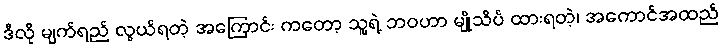
ဒီလို မျက်ရည် လွယ်ရတဲ့ အကြောင်း ကတော့ သူ့ရဲ့ ဘဝဟာ မျိုသိပ် ထားရတဲ့၊ အကောင်အထည်